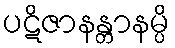
ပဋိဇာနန္တာနမ္ပိ